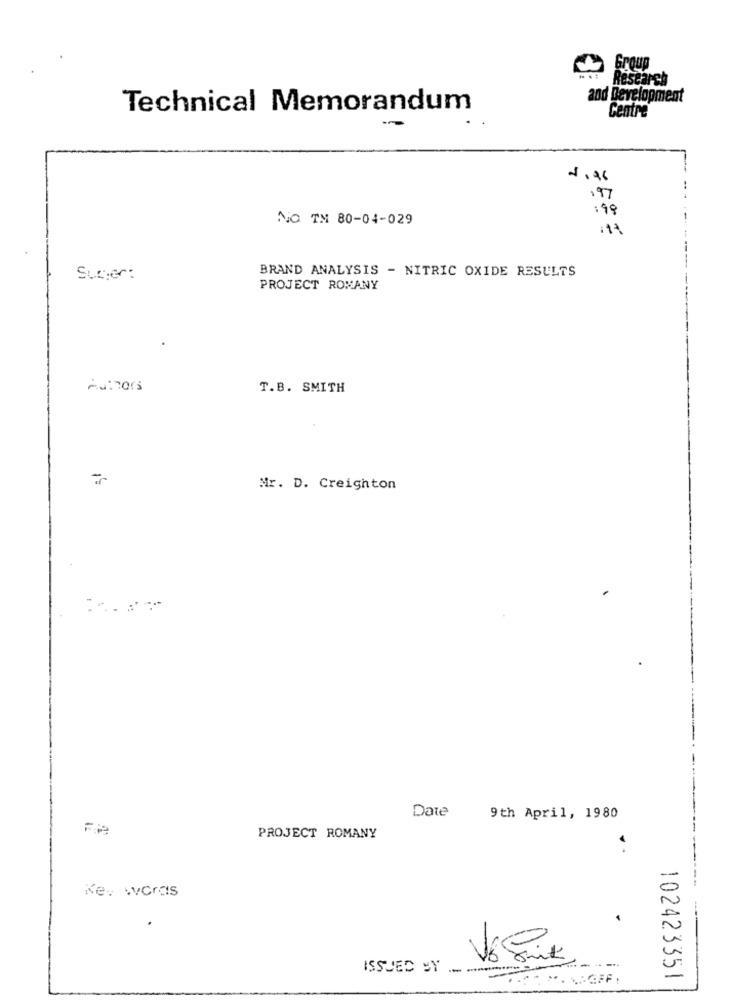
Research
and Development
Technical Memorandum
Centre
197
:99
NO TM 80-04-029
.14
BRAND ANALYSIS - NITRIC OXIDE RESULTS
Sucer:
PROJECT ROMANY
Authors
T.B. SMITH
Mr. D. Creighton
Date
9th April, 1980
PROJECT ROMANY
Key words
ISSUED BY
--
----
102423351